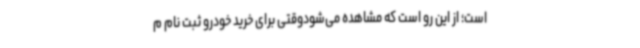
است؛ از این رو است که مشاهده می‌شودوقتی برای خرید خودرو ثبت نام م